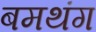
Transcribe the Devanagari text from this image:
बमथंग